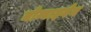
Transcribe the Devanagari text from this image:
मोम्बाइयेन